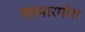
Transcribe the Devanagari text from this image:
लामारमोरा